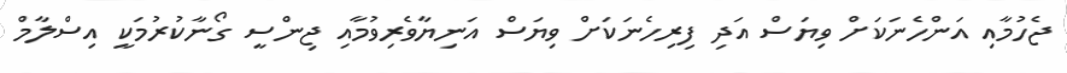
ޖެހުމާއި އަންހެނަކަށް ވިޔަސް އަދި ފިރިހެނަކަށް ވިޔަސް އަނިޔާވެރިވުމާއި ޖިންސީ ގޯނާކުރުމަކީ އިސްލާމް